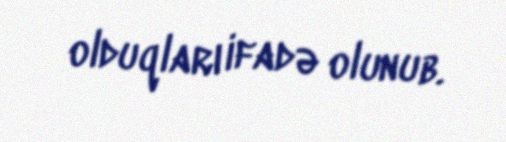
olduqları ifadə olunub.